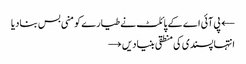
← پی آئی اے کے پائلٹ نے طیارے کو منی بس بنادیا
انتہا پسندی کی منطقی بنیادیں →